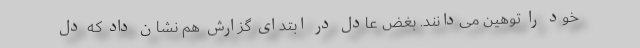
خود را توهین می‌دانند. بغض عادل در ابتدای گزارش هم نشان داد که دل